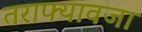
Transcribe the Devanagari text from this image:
तराफ्यावजा